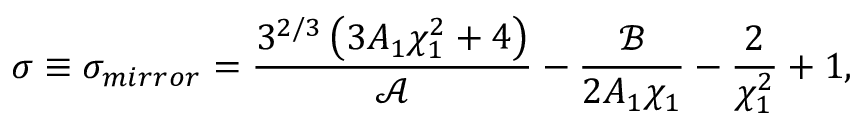
\sigma \equiv \sigma _ { m i r r o r } = \frac { 3 ^ { 2 / 3 } \left( 3 A _ { 1 } \chi _ { 1 } ^ { 2 } + 4 \right) } { \mathcal { A } } - \frac { \mathcal { B } } { 2 A _ { 1 } \chi _ { 1 } } - \frac { 2 } { \chi _ { 1 } ^ { 2 } } + 1 ,